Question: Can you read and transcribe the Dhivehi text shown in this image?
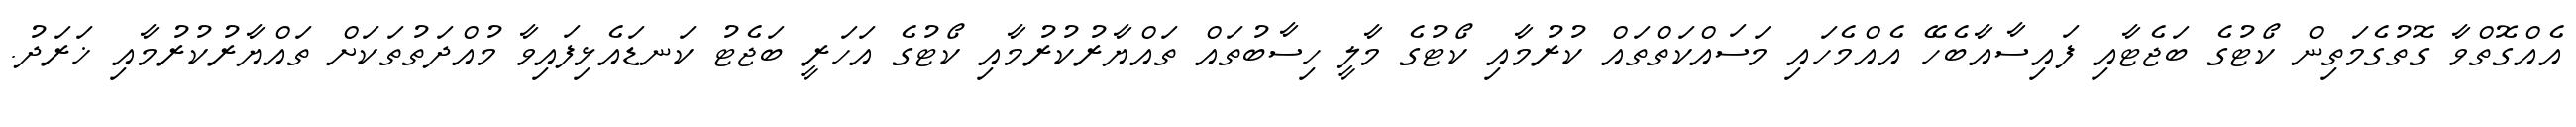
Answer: އެއްގޮތްވާ ގޮތުގެމަތިން ކޯޓުގެ ބަޖެޓާއި ފައިސާއާބެހޭ އެއްމެހައި މަސައްކަތްތައް ކުރުމާއި ކޯޓުގެ މާލީ ހިސާބުތައް ތައްޔާރުކުރުމާއި ކޯޓުގެ އަހަރީ ބަޖެޓު ކަނޑައެޅިފައިވާ މުއްދަތުތަކަށް ތައްޔާރުކުރުމާއި ޚަރަދު.